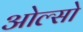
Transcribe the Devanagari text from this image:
ओल्सो